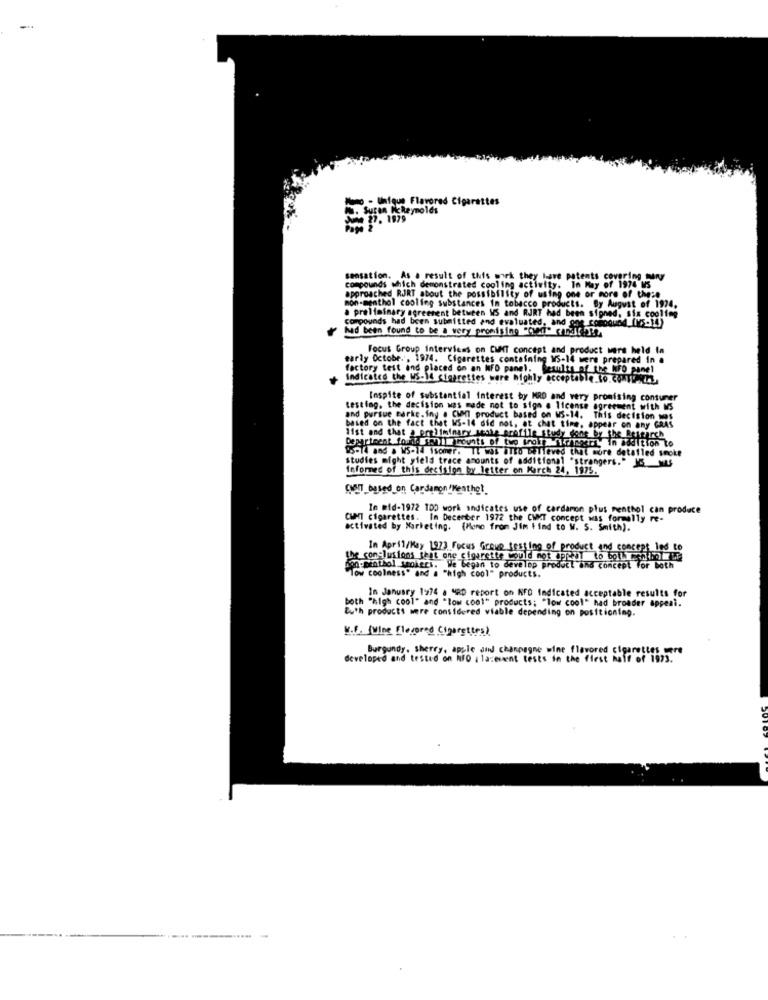
Mono - Uintque Flavored Cigarettes
Suren Ne Reynolds
0.1979
sensation. As a result of this work they have patents covering many
compounds which demonstrated cooling activity. In May of 1974 MS
approached RJRT about the possibility of using one or more of these
mon-menthol cooling substances In tobacco products. By August of 1924.
a preliminary agreement between WS and RJRT had been signed, six cooling
compounds had been submitted and evaluated, and gog comoqued_(5-14)
had been found to be a very promising "Ch" (ndlr !!
Focus Group intervicas on CMMIT concept and product were held ta
early Octobr ., 1974. Cigarettes containing WS-14 were prepared in .
factory test and placed on an HFD panel. Beauty of the NFO panel
Indicates the US-14 cigarettes were Mohly acceptable to. com
Inspite of substantial interest by MRD and very promising consumer
testing, the decision was made not to sign a license agreement with MS
and pursue marke.iny . CMMl product based on WS-14. This decision was
based on the fact that WS-16 did not, at chat time, appear on any Gads
list and that a prelimin
Department forik so | brownts of two tofresca, in addition to
1ist and that a preliminary scale profile_study done by the Research
05-14 and . WS-14 isomer. Il was alto Believed that more detailed smoke
studies might yield trace amounts of additional "strangers." JG MAS
Informed of this decision by letter on March 24, 1975.
Cuill based on Cardamon/Menthet
In mid-1972 100 work andicates use of cardamon plus menthol can produce
CUMI cigarettes. In December 1972 the CWXT concept was formally re-
activated by Marketing. (Mono from Jim + ind to W. S. Smith).
In April/Kay 1923 Focus Grove testing of product and concept les to
the conclusions that one gigi
ne cigarette Could not (ppt) to boll wwiho
hon-pathol smokers. We began to develop product and concept For both
low coolness" and a "high cool" products.
In January 1974 a MED report on KFD Indicated acceptable results for
Luth products were considered viable depending on positioning.
both "high cool" and "low cool" products; "low cool" had broader appeal.
W.f. (Wine Flegored Cigarettes)
Burgundy, Sherry, apple and champagne wine flavored cigarettes were
developed and tested on NEO , lasevent tests in the first half of 1973.